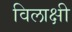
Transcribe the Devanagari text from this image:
विलाक्षी